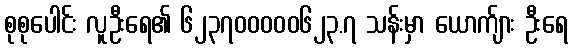
စုစုပေါင်း လူဦးရေ၏ ၆၂၃၇၀၀၀၀၀၆၂၃.၇ သန်းမှာ ယောက်ျား ဦးရေ